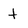
Character: t